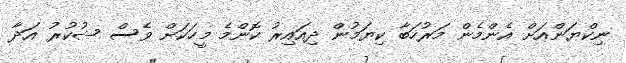
ނިކްޔަންއަށް އެންމެން މަރުހަބާ ކިޔަމުން ދިއައިރު ކޮންމެ މީހަކަށް ވެސް ޝުކުރު އަދާ